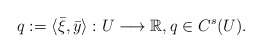
\begin{align*}q:=\langle \bar{\xi},\bar{y}\rangle:U\longrightarrow\mathbb{R},q\in C^{s}(U). \end{align*}